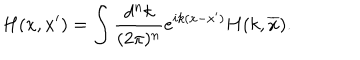
LaTeX: H ( x , x ^ { \prime } ) = \int \frac { d ^ { n } k } { ( 2 \pi ) ^ { n } } e ^ { i k ( x - x ^ { \prime } ) } H ( k , \overline { { x } } ) .